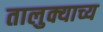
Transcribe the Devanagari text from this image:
तालुक्याच्य